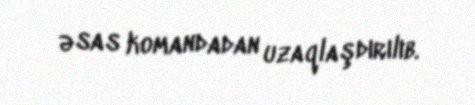
əsas komandadan uzaqlaşdırılıb.